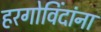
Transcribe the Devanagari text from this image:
हरगोविंदांना